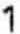
1